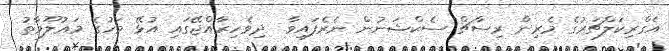
އެގްރިކަލްޗަރުގެ މެރިން ރިސާޗް ސެކްޝަނުން ނެރެފައިވާ  ދިވެހިރާއްޖޭގައި އުޅޭ މަހުގެ މަޢުލޫމާތު